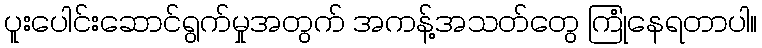
ပူးပေါင်းဆောင်ရွက်မှုအတွက် အကန့်အသတ်တွေ ကြုံနေရတာပါ။